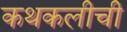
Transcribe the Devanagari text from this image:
कथकलीची